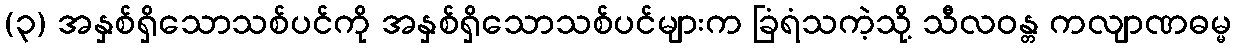
(၃) အနှစ်ရှိသောသစ်ပင်ကို အနှစ်ရှိသောသစ်ပင်များက ခြံရံသကဲ့သို့ သီလဝန္တ ကလျာဏဓမ္မ